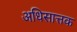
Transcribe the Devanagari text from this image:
अधिसात्तक